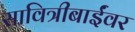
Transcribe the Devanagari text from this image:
सावित्रीबाईंवर